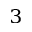
^ 3